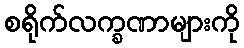
စရိုက်လက္ခဏာများကို